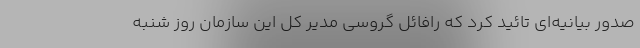
صدور بیانیه‌ای تائید کرد که رافائل گروسی مدیر کل این سازمان روز شنبه